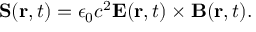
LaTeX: \mathbf { S } ( \mathbf { r } , t ) = \epsilon _ { 0 } c ^ { 2 } \mathbf { E } ( \mathbf { r } , t ) \times \mathbf { B } ( \mathbf { r } , t ) .